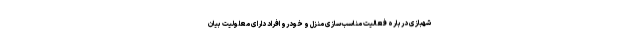
شهبازی درباره فعالیت مناسب‌سازی منزل و خودرو افراد دارای معلولیت بیان